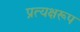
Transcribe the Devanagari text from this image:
प्रत्यक्षरूप